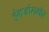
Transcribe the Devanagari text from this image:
इंग्रजांसमोर